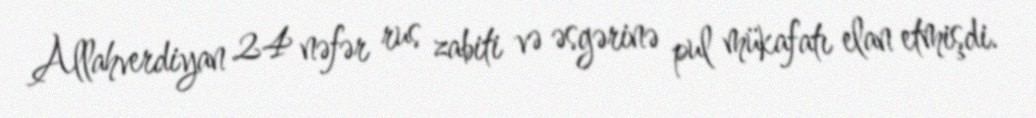
Allahverdiyan 24 nəfər rus zabiti və əsgərinə pul mükafatı elan etmişdi.